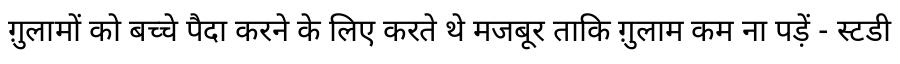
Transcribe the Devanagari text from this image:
ग़ुलामों को बच्चे पैदा करने के लिए करते थे मजबूर ताकि ग़ुलाम कम ना पड़ें - स्टडी